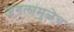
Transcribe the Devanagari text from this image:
जंगलांमुळेच